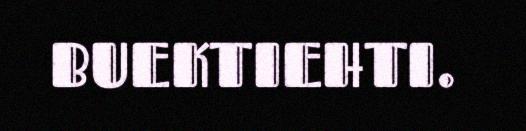
BUEKTIEHTI.